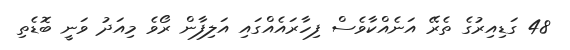
48 ގަޑިއިރުގެ ތެރޭ އަނެއްކާވެސް ފިހާރައެއްގައި އަލިފާން ރޯވެ މިއަދު ވަނީ ބޮޑެތި